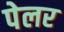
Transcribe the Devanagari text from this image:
पेलर